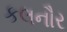
કલનૌર